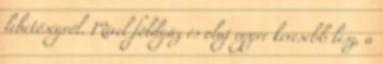
lehetőségről. Mivel földgáz és olaj egyre kevesebb lesz, a